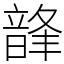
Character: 韸